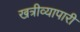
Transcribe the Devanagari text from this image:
खत्रीव्यापारी